Indian journal of veterinary science and animal husbandry - Volumes 26-27, 1956-1957
Year: 1956
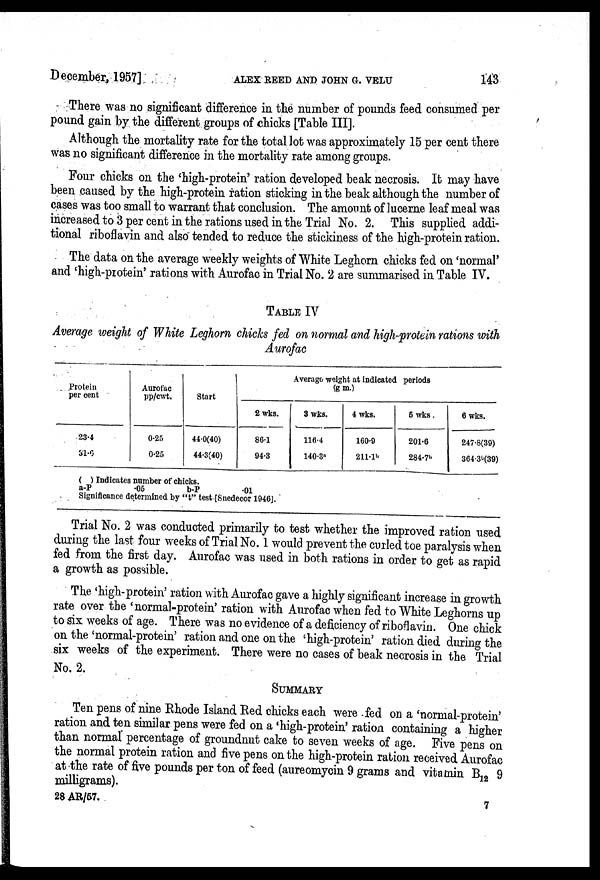
December, 1957]
ALEX
REED
AND
JOHN
G.
VELU
143
There was no significant difference in the number of pounds feed consumed per
pound gain by the different groups of chicks [Table III].
Although the mortality rate for the total lot was approximately 15 per cent there
was no significant difference in the mortality rate among groups.
Four chicks on the 'high-protein' ration developed beak necrosis. It may have
been caused by the high-protein ration sticking in the beak although the number of
cases was too small to warrant that conclusion. The amount of lucerne leaf meal was
increased to 3 per cent in the rations used in the Trial No. 2. This supplied addi-
tional riboflavin and also tended to reduce the stickiness of the high-protein ration.
The data on the average weekly weights of White Leghorn chicks fed on 'normal'
and 'high-protein' rations with Aurofac in Trial No. 2 are summarised in Table IV.
TABLE IV
Average weight of White Leghorn chicks fed on normal and high-protein rations with
Aurofac
Protein
per cent
23.4
31.6
Aurofac
pp/cwt.
0.25
0.25
Start
44.0(40)
44.3(40)
Average weight at indicated periods
(gm)
2 wks.
86.1
94.3
3 wks.
116.4
140.3 a
4 wks.
160.9
211.1 b
5 wks.
201.6
284.7 b
6 wks.
247.8(39)
364.3 b (39)
( ) Indicates number of chicks.
a-P
.05
b-P
.01
Significance determined by "t" test [Snedecor 1946].
Trial No. 2 was conducted primarily to test whether the improved ration used
during the last four weeks of Trial No. 1 would prevent the curled toe paralysis when
fed from the first day. Aurofac was used in both rations in order to get as rapid
a growth as possible.
The 'high-protein' ration with Aurofac gave a highly significant increase in growth
rate over the 'normal-protein' ration with Aurofac when fed to White Leghorns up
to six weeks of age. There was no evidence of a deficiency of riboflavin. One chick
on the 'normal-protein' ration and one on the 'high-protein' ration died during the
six weeks of the experiment. There were no cases of beak necrosis in the Trial
No. 2.
SUMMARY
Ten pens of nine Rhode Island Red chicks each were fed on a 'normal-protein'
ration and ten similar pens were fed on a 'high-protein' ration containing a higher
than normal percentage of groundnut cake to seven weeks of age. Five pens on
the normal protein ration and five pens on the high-protein ration received Aurofac
at the rate of five pounds per ton of feed (aureomycin 9 grams and vitamin B 12 9
milligrams).
28 AR/57.
7